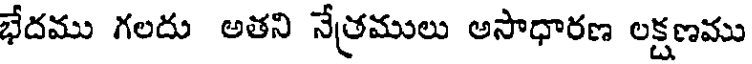
భేదము గలదు అతని నేత్రములు అసాధారణ లక్షణము